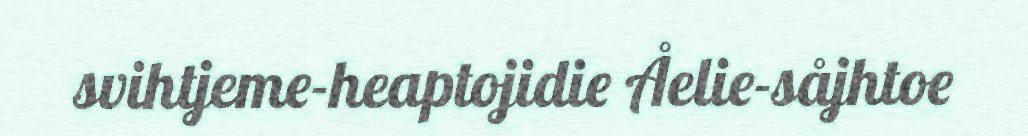
svihtjeme-heaptojidie Åelie-såjhtoe